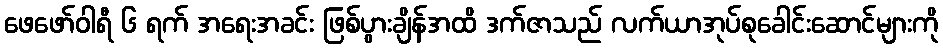
ဖေဖော်ဝါရီ ၆ ရက် အရေးအခင်း ဖြစ်ပွားချိန်အထိ ဒက်ဇာသည် လက်ယာအုပ်စုခေါင်းဆောင်များကို